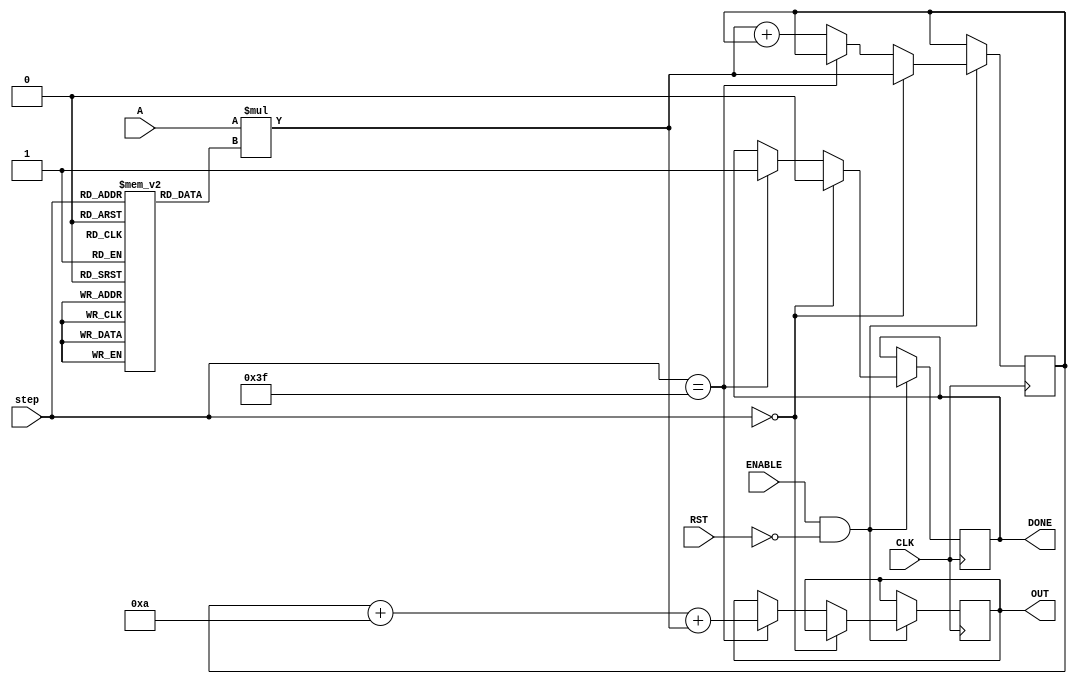
// This program was cloned from: https://github.com/ilaydayaman/CNN_for_SLR
// License: BSD 2-Clause "Simplified" License

`timescale 1ns / 1ps

module NODE_0(
input signed [35:0] A,
input [5:0] step,
input CLK,
input ENABLE,
input RST,
output reg signed [39:0] OUT, //128-bit output
output reg DONE
    );

reg signed [39:0] accumulator = 40'd0; //store the matrix mult here
reg signed [8:0] weights [63:0]; //store the weights here
reg signed [7:0] bias; //store node bias here

initial begin
   weights[0]<=9'b111001101;
   weights[1]<=9'b111011100;
   weights[2]<=9'b000000110;
   weights[3]<=9'b000011101;
   weights[4]<=9'b000100100;
   weights[5]<=9'b001010000;
   weights[6]<=9'b000100101;
   weights[7]<=9'b000010010;
   weights[8]<=9'b111101100;
   weights[9]<=9'b000000010;
   weights[10]<=9'b111011011;
   weights[11]<=9'b001010010;
   weights[12]<=9'b111000111;
   weights[13]<=9'b000111000;
   weights[14]<=9'b111101101;
   weights[15]<=9'b111010100;
   weights[16]<=9'b111010101;
   weights[17]<=9'b000000101;
   weights[18]<=9'b111111100;
   weights[19]<=9'b111111111;
   weights[20]<=9'b000111010;
   weights[21]<=9'b111010100;
   weights[22]<=9'b000000001;
   weights[23]<=9'b111011111;
   weights[24]<=9'b000000001;
   weights[25]<=9'b000101010;
   weights[26]<=9'b000011110;
   weights[27]<=9'b000000001;
   weights[28]<=9'b001000110;
   weights[29]<=9'b000010101;
   weights[30]<=9'b000000010;
   weights[31]<=9'b000001000;
   weights[32]<=9'b110011110;
   weights[33]<=9'b000001010;
   weights[34]<=9'b000100011;
   weights[35]<=9'b000010011;
   weights[36]<=9'b111101101;
   weights[37]<=9'b111011110;
   weights[38]<=9'b000010110;
   weights[39]<=9'b111110011;
   weights[40]<=9'b111100001;
   weights[41]<=9'b111110001;
   weights[42]<=9'b000000001;
   weights[43]<=9'b111110110;
   weights[44]<=9'b000100101;
   weights[45]<=9'b000100101;
   weights[46]<=9'b000010101;
   weights[47]<=9'b000000010;
   weights[48]<=9'b111011100;
   weights[49]<=9'b000100001;
   weights[50]<=9'b111101011;
   weights[51]<=9'b000110110;
   weights[52]<=9'b000001011;
   weights[53]<=9'b111001000;
   weights[54]<=9'b000101010;
   weights[55]<=9'b111111001;
   weights[56]<=9'b000001100;
   weights[57]<=9'b000010001;
   weights[58]<=9'b000010001;
   weights[59]<=9'b111111000;
   weights[60]<=9'b111110100;
   weights[61]<=9'b111111001;
   weights[62]<=9'b111010100;
   weights[63]<=9'b000100001;
   bias<=8'b11111010;
   end


 //MAIN SYNCHRONOUS ACCUMULATION BLOCK
 always @ ( posedge CLK )
 begin
    if( ENABLE == 1 && RST == 0 )
    begin
        if ( step == 0 )
        begin
            accumulator <=  A * weights[step];
            DONE <= 0;
        end
        else if( step == 63 )
        begin
            OUT <= accumulator + bias + A * weights[step];
            DONE <= 1;
        end else accumulator <=  A * weights[step] + accumulator;
    end
 end

endmodule